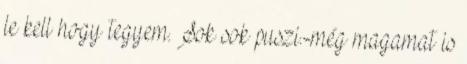
le kell hogy tegyem. Sok sok puszi.-még magamat is